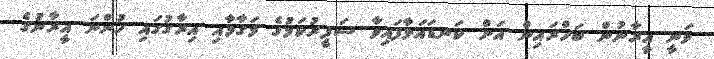
ވަނީ އީރާނުން ބަހްރައިން އަށް ކަނޑައަޅާފައިވާ ސަފީރުކަމުގެ މަގާމާއި އިރާގުގައި ހުންނަ އީރާނުގެ